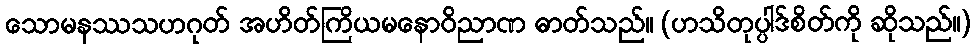
သောမနဿသဟဂုတ် အဟိတ်ကြိယမနောဝိညာဏ ဓာတ်သည်။ (ဟသိတုပ္ပါဒ်စိတ်ကို ဆိုသည်။)